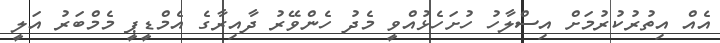
އެއް އިތުރުކުރުމަށް އިސްލާހު ހުށަހެޅުއްވީ މެދު ހެންވޭރު ދާއިރާގެ އެމްޑީޕީ މެމްބަރު އަލީ